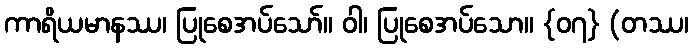
ကာရိယမာနဿ၊ ပြုစေအပ်သော်။ ဝါ၊ ပြုစေအပ်သော။ {၀၇} (တဿ၊